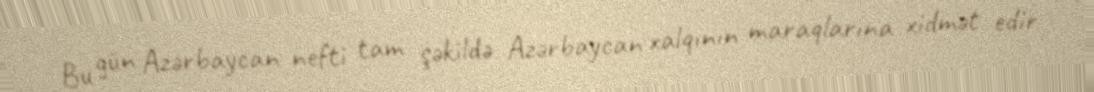
Bu gün Azərbaycan nefti tam şəkildə Azərbaycan xalqının maraqlarına xidmət edir